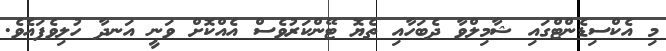
މި އެކްސިޑެންޓްގައި ޝާމިލްވާ ދެބަހާއި ތެޔޮ ޓޭންކަރުވެސް އެއްކޮށް ވަނީ އަނދާ ހުލިވެފައެވެ.